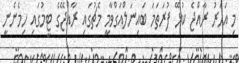
މި އަހަރު ރާއްޖެ ކުޅޭ ފުރަތަމަ ބައިނަލްއަގްވާމީ މެޗުގައި ރާއްޖޭގެ ޓީމުގައި ހިމެނެނީ